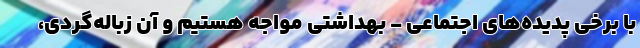
با برخی پدیده‌های اجتماعی - بهداشتی مواجه هستیم و آن زباله‌گردی،